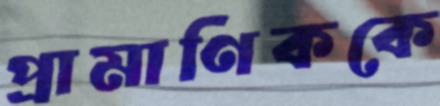
প্রামাণিককে